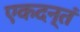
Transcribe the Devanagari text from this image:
एकदन्तं